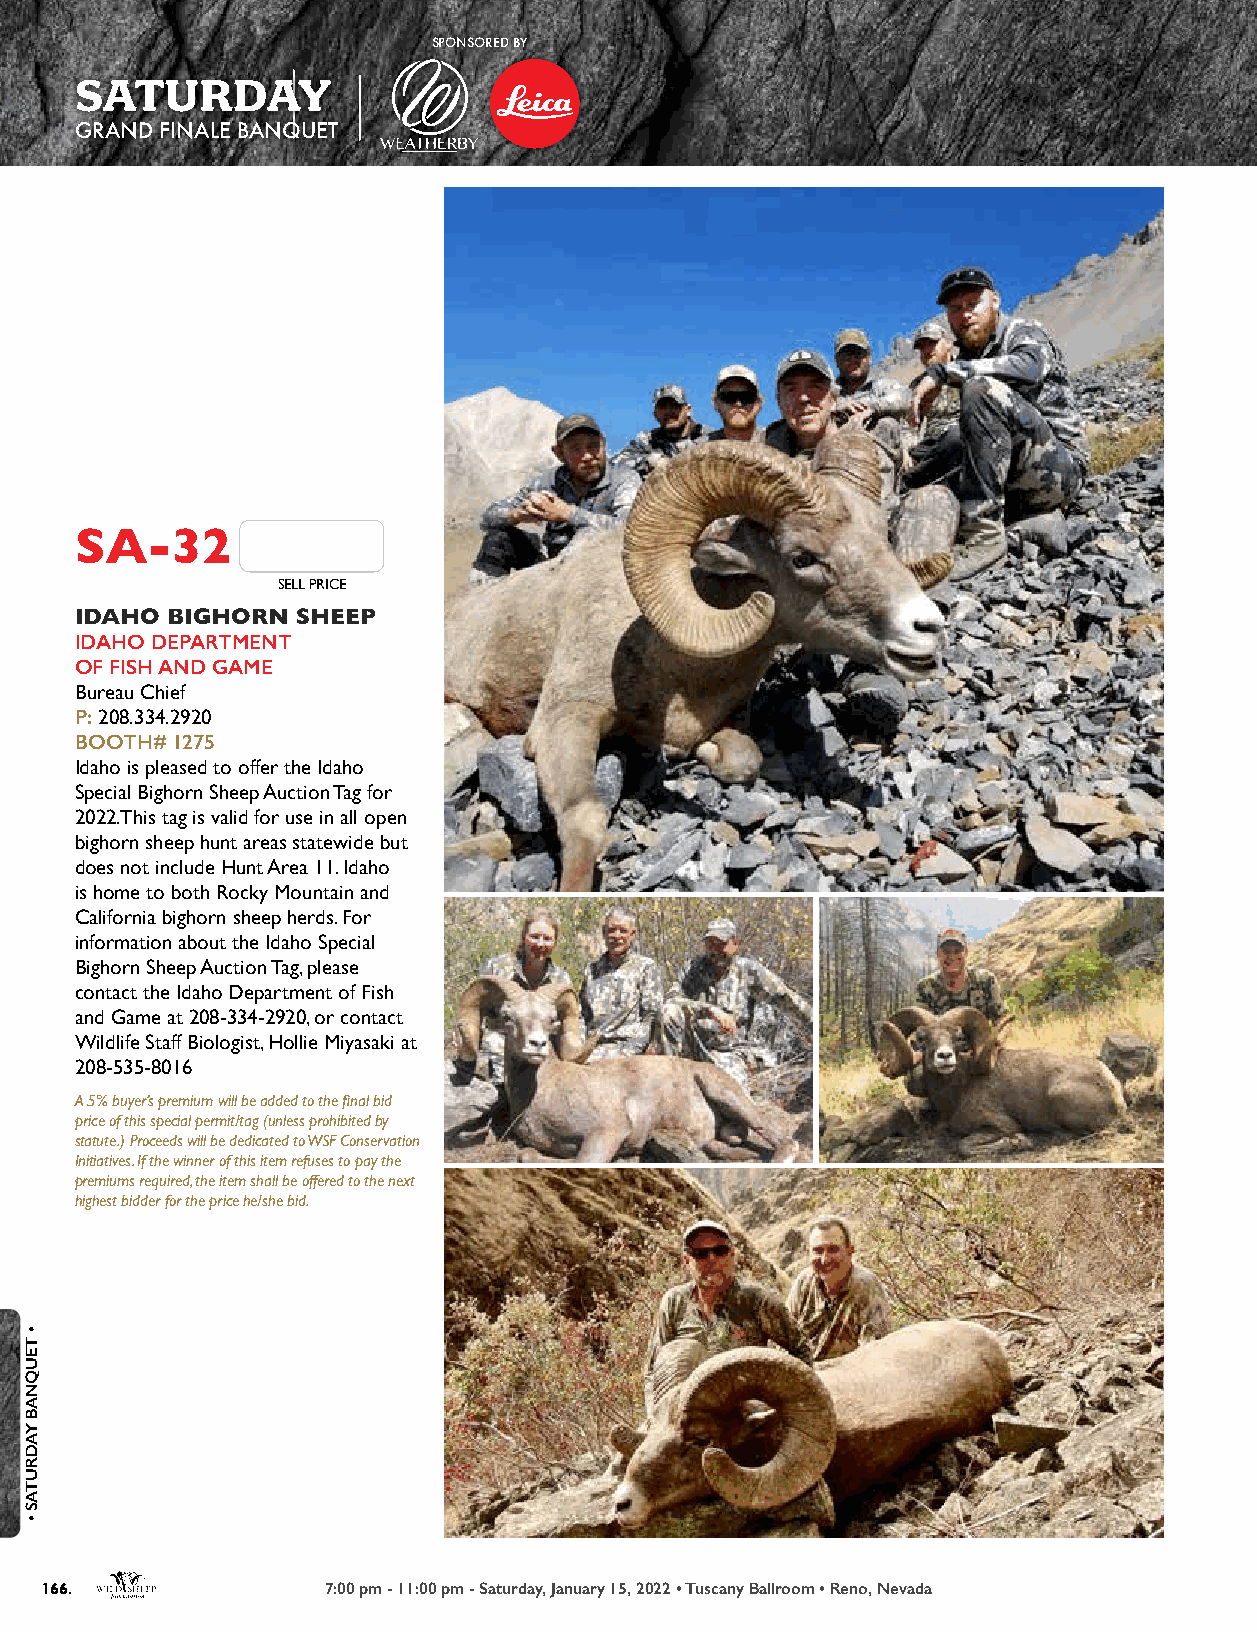
SPONSORED BY
 SATURDAY
 GRAND FINALE BANQUET
 SA-32
 SELL PRICE
 IDAHO BIGHORN  SHEEP
 IDAHO DEPARTMENT
 OF FISH AND GAME
 Bureau Chief
 P: 208.334.2920
 BOOTH# 1275
 Idaho is pleased to offer the Idaho
 Special Bighorn Sheep Auction Tag for
 2022.This tag is valid for use in all open
 bighorn sheep hunt areas statewide but
 does not include Hunt Area 11. Idaho
 is home to both Rocky Mountain and
 California bighorn sheep herds. For
 information about the Idaho Special
 Bighorn Sheep Auction Tag, please
 contact the Idaho Department of Fish
 and Game at 208-334-2920, or contact
 Wildlife Staff Biologist, Hollie Miyasaki at
 208-535-8016
 A 5% buyer’s premium will be added to the final bid
 price of this special permit/tag (unless prohibited by
 statute.) Proceeds will be dedicated to WSF Conservation
 Initiatives. If the winner of this item refuses to pay the
 premiums required, the item shall be offered to the next
 highest bidder for the price he/she bid.
 166.              7:00 pm - 11:00 pm - Saturday, January 15, 2022 • Tuscany Ballroom • Reno, Nevada
 •
 TEUQNAB
 YADRUTAS
 •